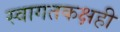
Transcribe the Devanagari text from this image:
स्वागतकक्षही